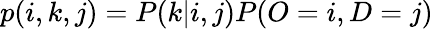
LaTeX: p(i,k,j)=P(k|i,j)P(O=i,D=j)